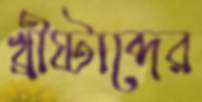
খ্রীষ্টাব্দের